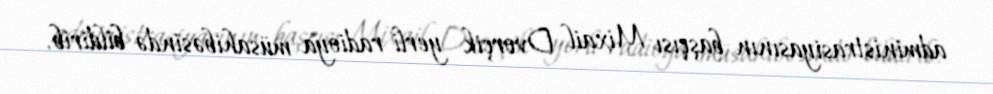
administrasiyasının başçısı Mixail Dvorçik yerli radioya müsahibəsində bildirib.